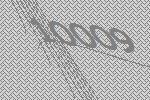
10009